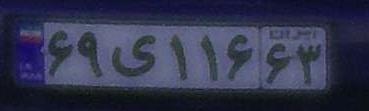
۶۹ی۱۱۶۶۳